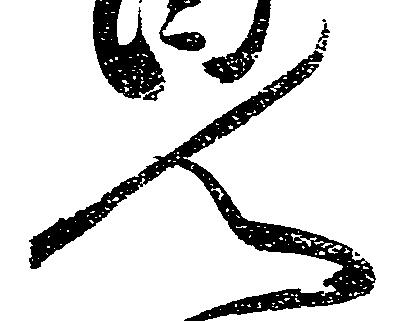
人